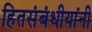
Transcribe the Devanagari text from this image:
हितसंबंधीयांनी